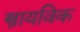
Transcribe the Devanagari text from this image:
स्त्रायविक